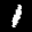
Label: 1